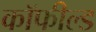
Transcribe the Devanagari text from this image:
कॉफील्ड